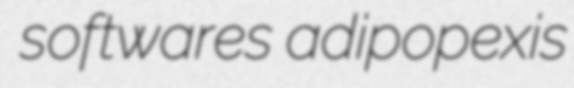
softwares adipopexis